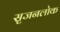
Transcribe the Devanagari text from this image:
सृजनलोक